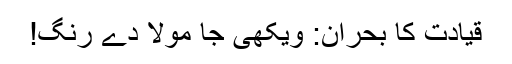
قیادت کا بحران: ویکھی جا مولا دے رنگ!